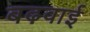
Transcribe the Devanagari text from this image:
बढ़वाई